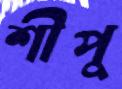
শীপু